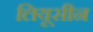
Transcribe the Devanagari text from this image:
लियूसीन